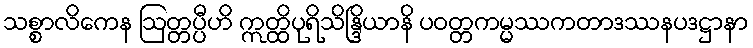
သစ္စာလိကေန ဩတ္တပ္ပီဟိ ဣတ္ထိပုရိသိန္ဒြိယာနိ ပဝတ္တကမ္မဿကတာဒဿနပဒဋ္ဌာနာ